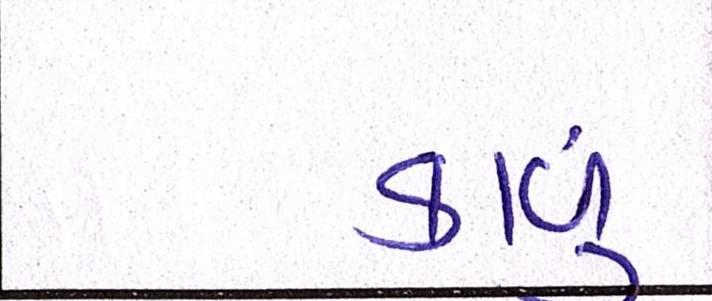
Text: કાળું